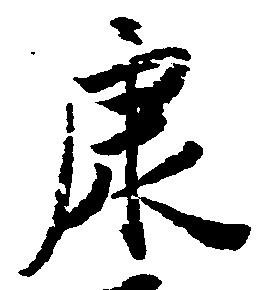
康